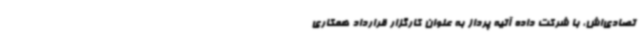
تصادی‌اش، با شرکت داده آتیه پرداز به عنوان کارگزار قرارداد همکاری